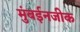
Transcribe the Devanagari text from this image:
मुंबईनजीक